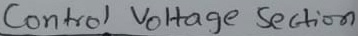
Text: Control voltage Section